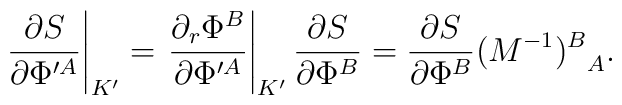
\left. {\partial S\over \partial \Phi^{\prime A}}\right|_{K^\prime}=\left. {\partial_r \Phi^B\over \partial \Phi^{\prime A}}\right|_{K^\prime}{\partial S\over \partial \Phi^B}={\partial S\over \partial \Phi^B}{(M^{-1})^B}_A.